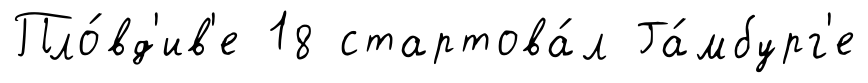
Пло́вд'ив'е 18 стартова́л Га́мбург'е